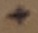
Text: +